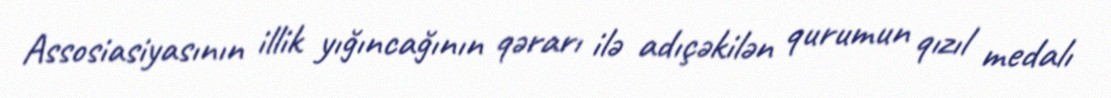
Assosiasiyasının illik yığıncağının qərarı ilə adıçəkilən qurumun qızıl medalı